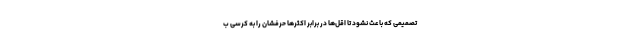
تصمیمی که باعث نشود تا اقل‌ها در برابر اکثرها حرفشان را به کرسی ب